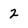
Character: 2